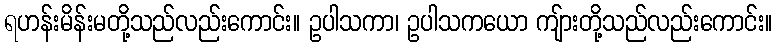
ရဟန်းမိန်းမတို့သည်လည်းကောင်း။ ဥပါသကာ၊ ဥပါသကယော ကျ်ားတို့သည်လည်းကောင်း။